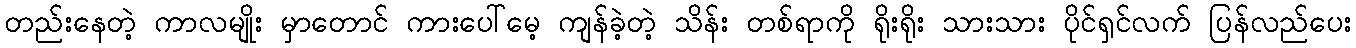
တည်းနေတဲ့ ကာလမျိုး မှာတောင် ကားပေါ်မေ့ ကျန်ခဲ့တဲ့ သိန်း တစ်ရာကို ရိုးရိုး သားသား ပိုင်ရှင်လက် ပြန်လည်ပေး